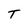
Character: T